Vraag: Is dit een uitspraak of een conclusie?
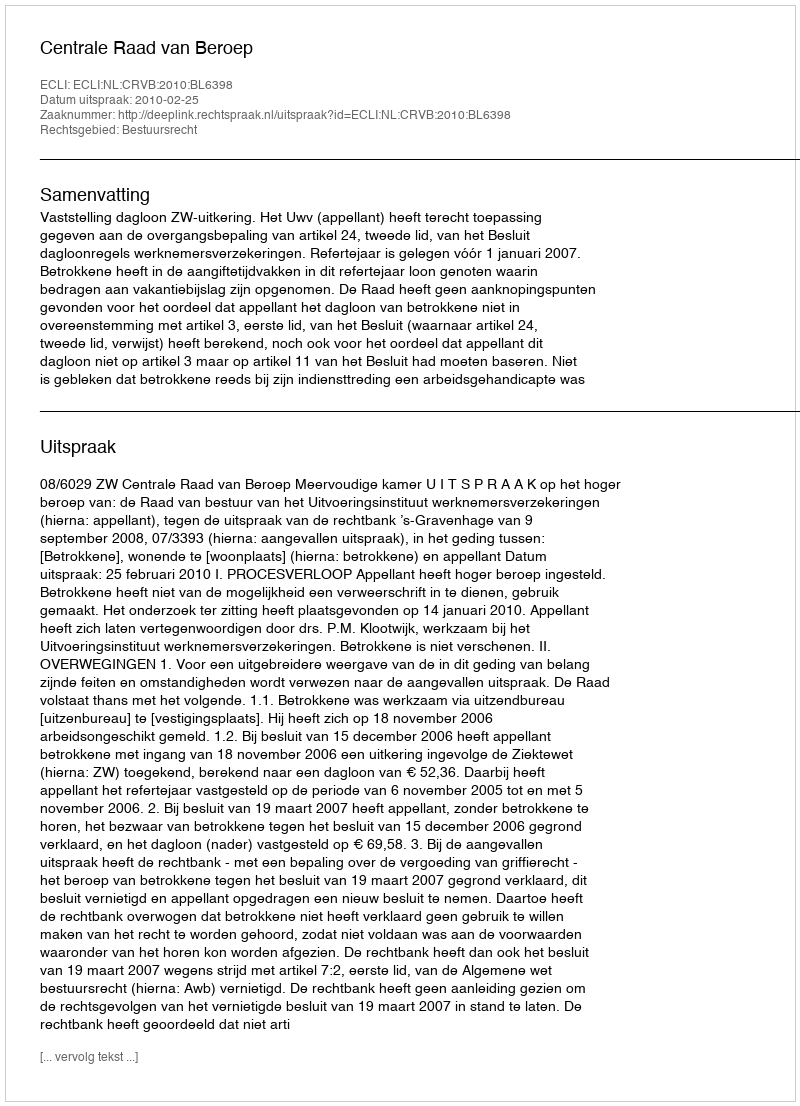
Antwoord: Uitspraak